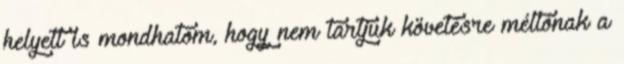
helyett is mondhatom, hogy nem tartjuk követésre méltónak a